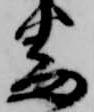
番